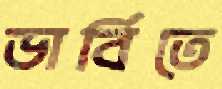
ডার্বিতে